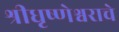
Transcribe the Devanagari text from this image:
श्रीधृष्णेश्वराचे